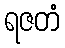
ရဇတံ